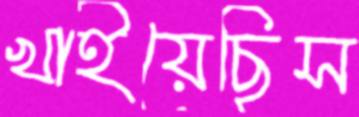
খাইয়েছিস